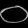
Digit: ၀